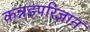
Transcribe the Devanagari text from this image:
कन्नडपरिज्ञान